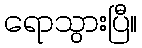
ရောသွားပြီ။